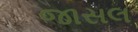
જાસલ